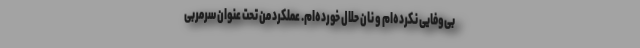
بی‌وفایی نکرده‌ام و نان حلال خورده‌ام. عملکرد من تحت عنوان سرمربی